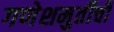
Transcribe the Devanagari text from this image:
गणेशमुर्तीची